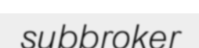
subbroker